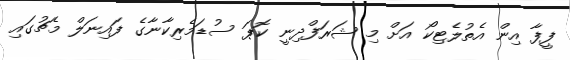
ފީފާ އިން އެތުލެޓިކޯ އަށް މި ޝަރަފްދިނީ ކޮޕަ ސުޑަމެރިކާނާގެ ފައިނަލް މެޗުގައި